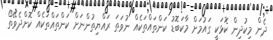
ދެން މިކުދިން ކޮޅަކީ ގައުމަށް މާކަބޮޑު ކަންތައްތަކެއް ނުވަތަ ރައްޔިތުންނަށް ކަންތައްތަކެއް ކޮށްދެވޭތޯ